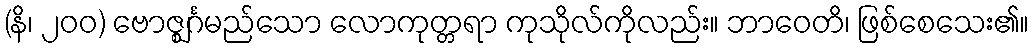
(နိ၊ ၂၀၀) ဗောဇ္ဈင်္ဂမည်သော လောကုတ္တရာ ကုသိုလ်ကိုလည်း။ ဘာဝေတိ၊ ဖြစ်စေသေး၏။